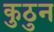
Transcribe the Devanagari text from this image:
कुठुन